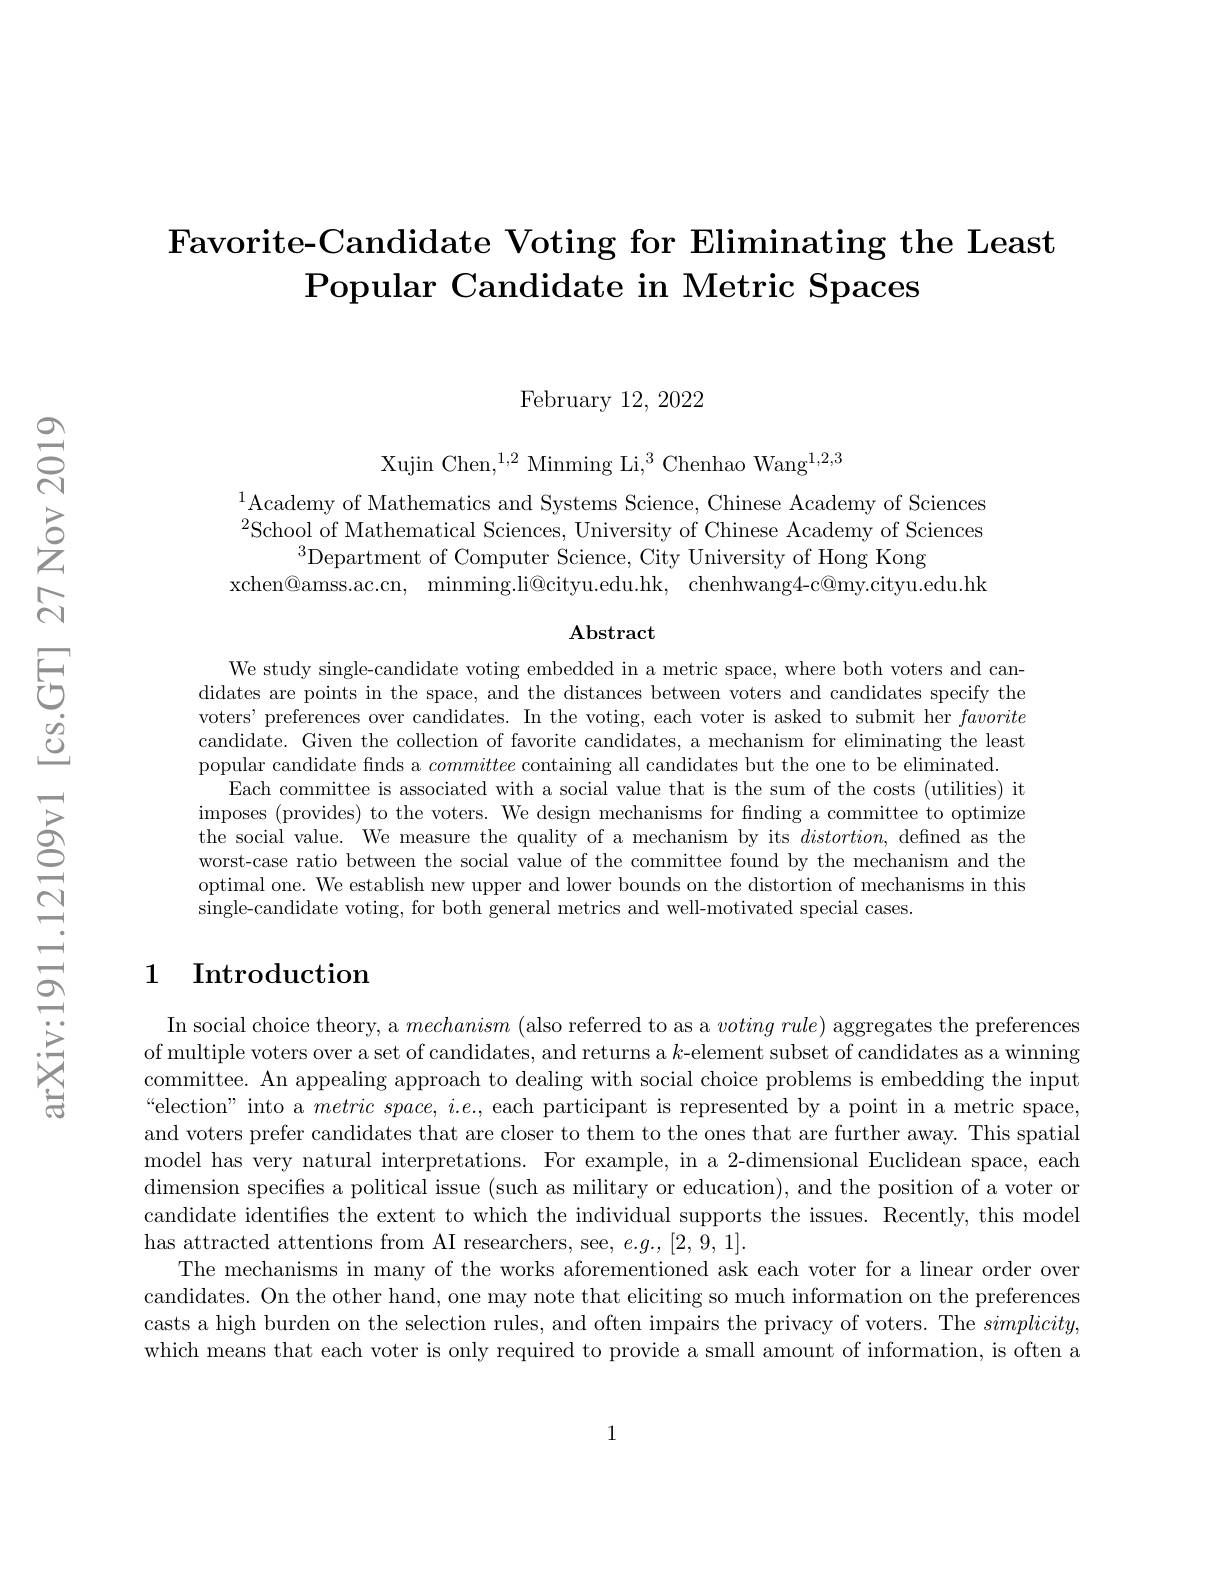
Favorite-Candidate Voting for Eliminating the Least
Popular Candidate in Metric Spaces

February 12,2022

Xujin Chen,$^1,2$ Minming Li,$^3$ Chenhao Wang$^1,2,3$

$^{1}$Academy of Mathematics and Systems Science, Chinese Academy of Sciences $^{2}$School of Mathematical Sciences, University of Chinese Academy of Sciences
$^{3}$Department of Computer Science, City University of Hong Kong
xchen@amss.ac.cn, minming.li@cityu.edu.hk, chenhwang4-c@my.cityu.edu.hk

$\mathbf{Abstract}$

We study single-candidate voting embedded in a metric space, where both voters and candidates are points in the space, and the distances between voters and candidates specify the voters' preferences over candidates. In the voting, each voter is asked to submit her favorite candidate. Given the collection of favorite candidates, a mechanism for eliminating the least popular candidate finds a committee containing all candidates but the one to be eliminated
Each committee is associated with a social value that is the sum of the costs (utilities) it imposes (provides) to the voters. We design mechanisms for fnding a committee to optimize the social value. We measure the quality of a mechanism by its $distortion$, defined as the worst-case ratio between the social value of the committee found by the mechanism and the optimal one. We establish new upper and lower bounds on the distortion of mechanisms in this single-candidate voting, for both general metrics and well-motivated special cases.

## 1 Introduction

In social choice theory, a mechanism (also referred to as a $voting\textit{rule) aggregates the preferences}$ of multiple voters over a set of candidates, and returns a $k$-element subset of candidates as a winning committee. An appealing approach to dealing with social choice problems is embedding the input “election” into a $metricspace,i.e.$, each participant is represented by a point in a metric space, and voters prefer candidates that are closer to them to the ones that are further away. This spatial model has very natural interpretations. For example, in a 2-dimensional Euclidean space, each dimension specifies a political issue ( such as military or education) , and the position of a voter or candidate identifies the extent to which the individual supports the issues. Recently, this model has attracted attentions from AI researchers, see, $e.g.,[2,9,1].$
The mechanisms in many of the works aforementioned ask each voter for a linear order over candidates. On the other hand, one may note that eliciting so much information on the preferences casts a high burden on the selection rules, and often impairs the privacy of voters. The $simplicity$, which means that each voter is only required to provide a small amount of information, is often a